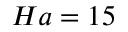
H a = 1 5